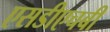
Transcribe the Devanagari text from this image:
एसडीएचबी